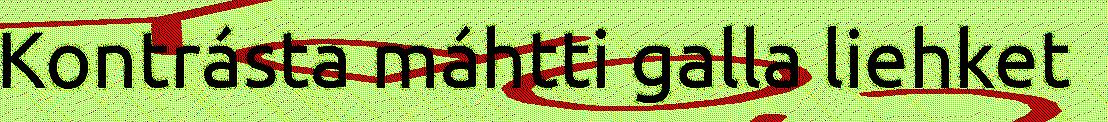
Kontrásta máhtti galla liehket